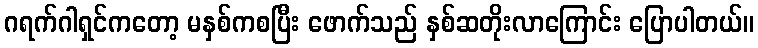
ဂရက်ဂါရှင်ကတော့ မနှစ်ကစပြီး ဖောက်သည် နှစ်ဆတိုးလာကြောင်း ပြောပါတယ်။